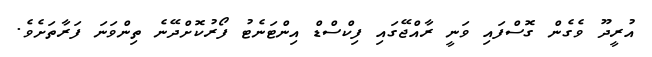
އުރީދޫ ވެގެން ގޮސްފައި ވަނީ ރާއްޖޭގައި ފިކްސްޑް އިންޓަނެޓު ފޯރުކޮށްދޭނެ ތިންވަނަ ފަރާތަށެވެ.